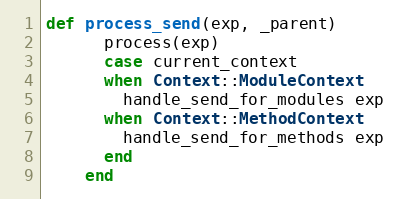
Language: Ruby
def process_send(exp, _parent)
      process(exp)
      case current_context
      when Context::ModuleContext
        handle_send_for_modules exp
      when Context::MethodContext
        handle_send_for_methods exp
      end
    end